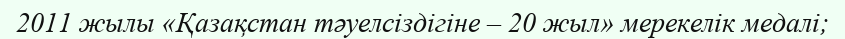
2011 жылы «Қазақстан тәуелсіздігіне – 20 жыл» мерекелік медалі;